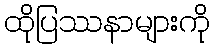
ထိုပြဿနာများကို